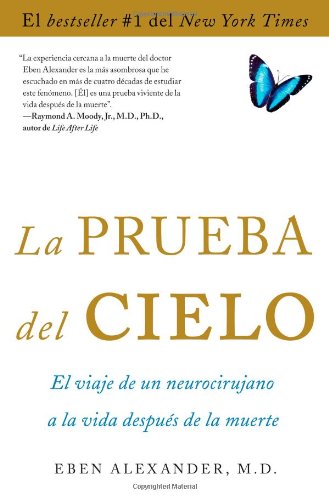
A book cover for La prueba del cielo: el viaje de un neurocirujano a la vida despuÃ©s de la muerte; Eben Alexander M.D.; Christian Books & Bibles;